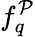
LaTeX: f_{q}^{\mathcal{P}}